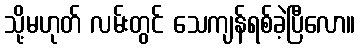
သို့မဟုတ် လမ်းတွင် သေကျန်ရစ်ခဲ့ပြီလော။